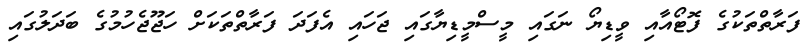
ފަރާތްތަކުގެ ފޮޓޯއާއި ވީޑިޔޯ ނަގައި މީސްމީޑިޔާގައި ޖަހައި އެފަދަ ފަރާތްތަކަށް ހަޖޫޖެހުމުގެ ބަދަލުގައި